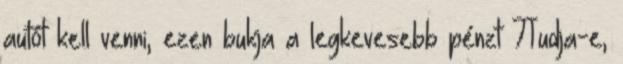
autót kell venni, ezen bukja a legkevesebb pénzt 7Tudja-e,